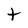
Character: t